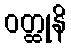
ဝတ္ထုနိ